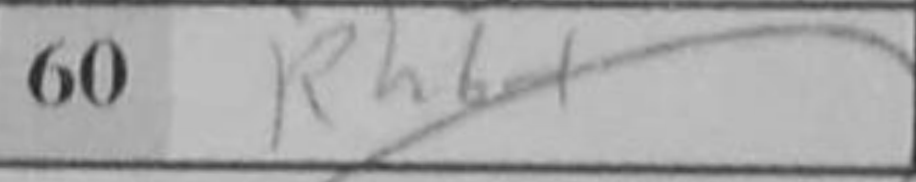
Transcription: Rh6+